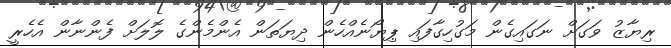
ރިޔާޒު ވަގަށް ނަގައިގެން މަގުހިގާފައި ޕިޔޯނެއްހެން ދިޔަތަން އެންމެންގެ ލޮލަށް ފެންނާން އެހެރީ